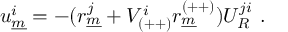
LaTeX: u _ { \underline { { { m } } } } ^ { i } = - ( r _ { \underline { { { m } } } } ^ { j } + V _ { ( + + ) } ^ { i } r _ { \underline { { { m } } } } ^ { ( + + ) } ) U _ { { \cal R } } ^ { j i } ~ .